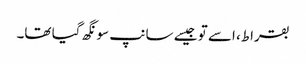
بقراط، اسے تو جیسے سانپ سونگھ گیا تھا۔